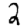
Digit: 2